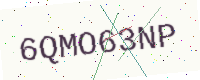
Text: 6QMO63NP